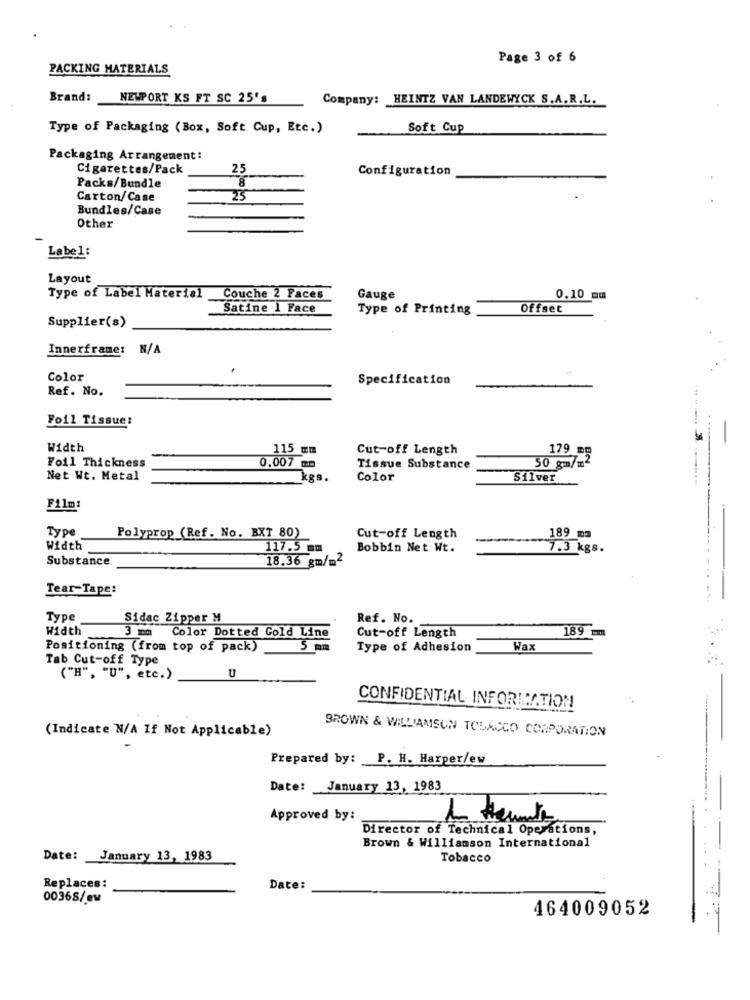
Page 3 of 6
PACKING MATERIALS
Brand:
NEWPORT KS FT SC 25's
Company: HEINTZ VAN LANDEWYCK S.A.R.L.
Type of Packaging (Box, Soft Cup, Etc.)
Soft Cup
Packaging Arrangement:
Cigarettes/Pack
25
Configuration
8
Packs/Bundle
Carton/Case
25
Bundles/Case
Other
Label:
Layout
Type of Label Material
Couche 2 Faces
Gauge
0.10 mm
Satine 1 Face
Type of Printing
Offset
Supplier(s)
Innerframe: N/A
Color
Specification
Ref. No.
Foil Tissue:
Width
115 mm
Cut-off Length
179 =m
50 gm/m2
Foil Thickness
0.007 mm
Tissue Substance
Net Wt. Metal
kgs.
Color
Silver
Film:
Type
Polyprop (Ref. No. BXT 80)
Cut-off Length
189 mm
Width
117.5 mm
Bobbin Net Wt.
7.3 kgs.
Substance
18.36 gm/m2
Tear-Tape:
Type
Sidac Zipper M
Ref. No.
Width
3 mm
Color Dotted Gold Line
189 1
Cut-off Length
Positioning (from top of pack)
5 mm
Type of Adhesion
Wax
Tab Cut-off Type
("H", "U", etc.)
U
CONFIDENTIAL INFORMATION
(Indicate N/A If Not Applicable)
BROWN & WILLIAMSUN TOBACCO CORPORATION
Prepared by: P. H. Harper/ew
Date: January 13, 1983
Approved by:
--
Director of Technical Operations,
Brown & Williamson International
Date: January 13, 1983
Tobacco
Replaces:
Date:
00368/ew
464009052